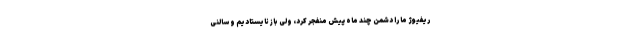
ریفیوژ ما را دشمن چند ماه پیش منفجر کرد، ولی باز نایستادیم و سالنی